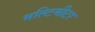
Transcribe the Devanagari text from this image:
मल्टिमीटर